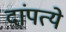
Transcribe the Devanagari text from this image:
दांपत्ये